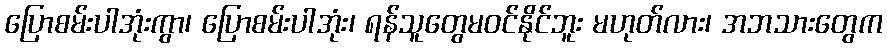
ပြောစမ်းပါအုံးကွာ၊ ပြောစမ်းပါအုံး၊ ရန်သူတွေမဝင်နိုင်ဘူး မဟုတ်လား၊ အဘသားတွေက